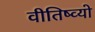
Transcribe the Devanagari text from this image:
वीतिष्व्यो